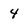
Character: 4